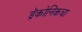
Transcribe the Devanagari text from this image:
ड्रॅकोनिकचा